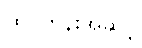
ထိပ်တန်းအဆင့်